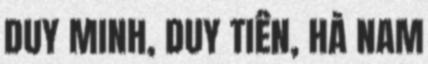
DUY MINH, DUY TIÊN, HÀ NAM